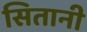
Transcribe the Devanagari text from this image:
सितानी